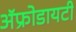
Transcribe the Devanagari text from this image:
ॲफ्रोडायटी